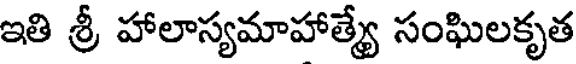
ఇతి శ్రీ హాలాస్యమాహాత్యే సంఘిలకృత